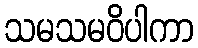
သမသမဝိပါကာ